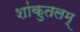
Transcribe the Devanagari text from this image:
शांकुतलम्